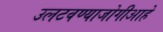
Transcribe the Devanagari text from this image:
उलटवण्याजोगीआहे